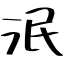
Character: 泯